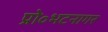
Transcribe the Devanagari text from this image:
प्रो॰भटनागर